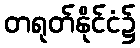
တရုတ်နိုင်ငံ၌